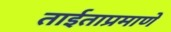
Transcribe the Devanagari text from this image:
ताईताप्रमाणे